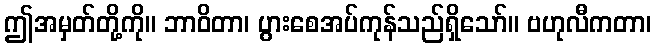
ဤအမှတ်တို့ကို။ ဘာဝိတာ၊ ပွားစေအပ်ကုန်သည်ရှိသော်။ ဗဟုလီကတာ၊